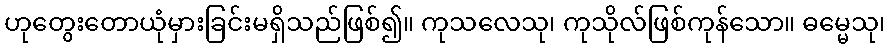
ဟုတွေးတောယုံမှားခြင်းမရှိသည်ဖြစ်၍။ ကုသလေသု၊ ကုသိုလ်ဖြစ်ကုန်သော။ ဓမ္မေသု၊